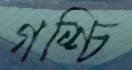
গশ্চি